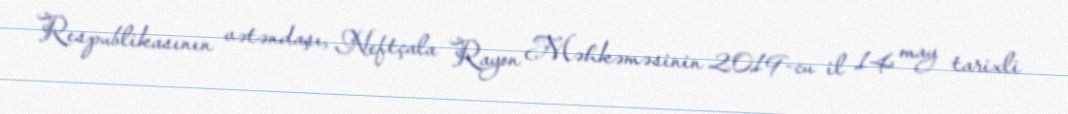
Respublikasının vətəndaşı, Neftçala Rayon Məhkəməsinin 2019-cu il 14 may tarixli